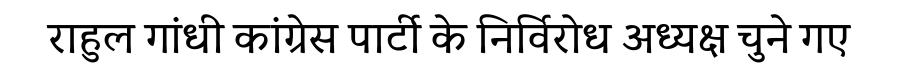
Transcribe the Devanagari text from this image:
राहुल गांधी कांग्रेस पार्टी के निर्विरोध अध्यक्ष चुने गए